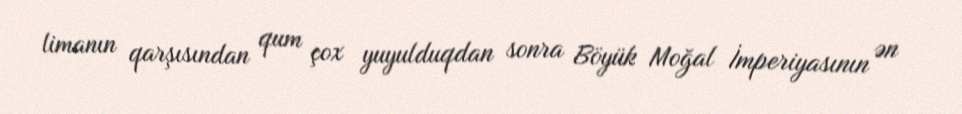
limanın qarşısından qum çox yuyulduqdan sonra Böyük Moğal İmperiyasının ən